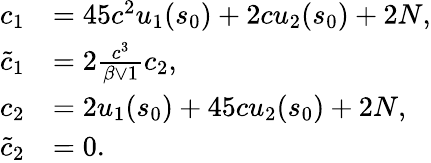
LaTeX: \begin{array}{rl}{c_{1}}&{=45c^{2}u_{1}(s_{0})+2cu_{2}(s_{0})+2N,}\\ {\tilde{c}_{1}}&{=2\frac{c^{3}}{\beta\vee 1}c_{2},}\\ {c_{2}}&{=2u_{1}(s_{0})+45cu_{2}(s_{0})+2N,}\\ {\tilde{c}_{2}}&{=0.}\end{array}